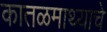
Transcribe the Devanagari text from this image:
कातळमाथ्याचे